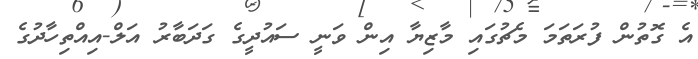
އެ ގޮތުން ފުރަތަމަ މެޗުގައި މާޒިޔާ އިން ވަނީ ސައުދީގެ ގަދަބާރު އަލް-އިއްތިހާދުގެ